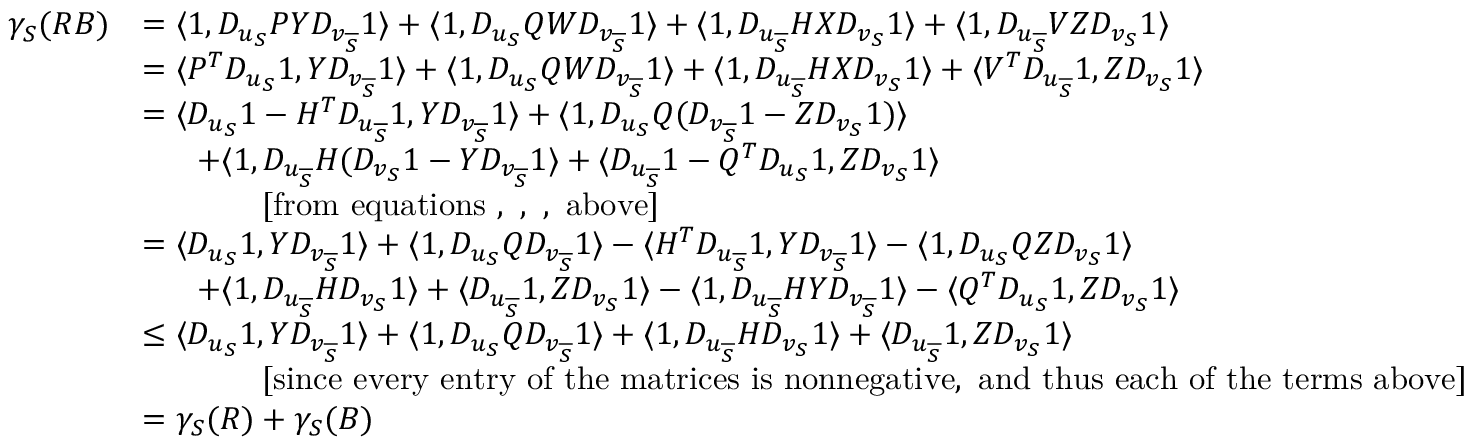
\begin{array} { r l } { \gamma _ { S } ( R B ) } & { = \langle \boldsymbol { 1 } , D _ { u _ { S } } P Y D _ { v _ { \overline { { S } } } } \boldsymbol { 1 } \rangle + \langle \boldsymbol { 1 } , D _ { u _ { S } } Q W D _ { v _ { \overline { { S } } } } \boldsymbol { 1 } \rangle + \langle \boldsymbol { 1 } , D _ { u _ { \overline { { S } } } } H X D _ { v _ { S } } \boldsymbol { 1 } \rangle + \langle \boldsymbol { 1 } , D _ { u _ { \overline { { S } } } } V Z D _ { v _ { S } } \boldsymbol { 1 } \rangle } \\ & { = \langle P ^ { T } D _ { u _ { S } } \boldsymbol { 1 } , Y D _ { v _ { \overline { { S } } } } \boldsymbol { 1 } \rangle + \langle \boldsymbol { 1 } , D _ { u _ { S } } Q W D _ { v _ { \overline { { S } } } } \boldsymbol { 1 } \rangle + \langle \boldsymbol { 1 } , D _ { u _ { \overline { { S } } } } H X D _ { v _ { S } } \boldsymbol { 1 } \rangle + \langle V ^ { T } D _ { u _ { \overline { { S } } } } \boldsymbol { 1 } , Z D _ { v _ { S } } \boldsymbol { 1 } \rangle } \\ & { = \langle D _ { u _ { S } } \boldsymbol { 1 } - H ^ { T } D _ { u _ { \overline { { S } } } } \boldsymbol { 1 } , Y D _ { v _ { \overline { { S } } } } \boldsymbol { 1 } \rangle + \langle \boldsymbol { 1 } , D _ { u _ { S } } Q ( D _ { v _ { \overline { { S } } } } \boldsymbol { 1 } - Z D _ { v _ { S } } \boldsymbol { 1 } ) \rangle } \\ & { \ \ \ \ \ + \langle \boldsymbol { 1 } , D _ { u _ { \overline { { S } } } } H ( D _ { v _ { S } } \boldsymbol { 1 } - Y D _ { v _ { \overline { { S } } } } \boldsymbol { 1 } \rangle + \langle D _ { u _ { \overline { { S } } } } \boldsymbol { 1 } - Q ^ { T } D _ { u _ { S } } \boldsymbol { 1 } , Z D _ { v _ { S } } \boldsymbol { 1 } \rangle } \\ & { \, \, \, \, \, \, \, \, \, \, \, \, \, \, \, \, \, \, \, \, \, \, \mathrm { [ f r o m ~ e q u a t i o n s ~ , ~ , ~ , ~ a b o v e ] } } \\ & { = \langle D _ { u _ { S } } \boldsymbol { 1 } , Y D _ { v _ { \overline { { S } } } } \boldsymbol { 1 } \rangle + \langle \boldsymbol { 1 } , D _ { u _ { S } } Q D _ { v _ { \overline { { S } } } } \boldsymbol { 1 } \rangle - \langle H ^ { T } D _ { u _ { \overline { { S } } } } \boldsymbol { 1 } , Y D _ { v _ { \overline { { S } } } } \boldsymbol { 1 } \rangle - \langle \boldsymbol { 1 } , D _ { u _ { S } } Q Z D _ { v _ { S } } \boldsymbol { 1 } \rangle } \\ & { \ \ \ \ \ + \langle \boldsymbol { 1 } , D _ { u _ { \overline { { S } } } } H D _ { v _ { S } } \boldsymbol { 1 } \rangle + \langle D _ { u _ { \overline { { S } } } } \boldsymbol { 1 } , Z D _ { v _ { S } } \boldsymbol { 1 } \rangle - \langle \boldsymbol { 1 } , D _ { u _ { \overline { { S } } } } H Y D _ { v _ { \overline { { S } } } } \boldsymbol { 1 } \rangle - \langle Q ^ { T } D _ { u _ { S } } \boldsymbol { 1 } , Z D _ { v _ { S } } \boldsymbol { 1 } \rangle } \\ & { \leq \langle D _ { u _ { S } } \boldsymbol { 1 } , Y D _ { v _ { \overline { { S } } } } \boldsymbol { 1 } \rangle + \langle \boldsymbol { 1 } , D _ { u _ { S } } Q D _ { v _ { \overline { { S } } } } \boldsymbol { 1 } \rangle + \langle \boldsymbol { 1 } , D _ { u _ { \overline { { S } } } } H D _ { v _ { S } } \boldsymbol { 1 } \rangle + \langle D _ { u _ { \overline { { S } } } } \boldsymbol { 1 } , Z D _ { v _ { S } } \boldsymbol { 1 } \rangle } \\ & { \, \, \, \, \, \, \, \, \, \, \, \, \, \, \, \, \, \, \, \, \, \, \mathrm { [ s i n c e ~ e v e r y ~ e n t r y ~ o f ~ t h e ~ m a t r i c e s ~ i s ~ n o n n e g a t i v e , ~ a n d ~ t h u s ~ e a c h ~ o f ~ t h e ~ t e r m s ~ a b o v e ] } } \\ & { = \gamma _ { S } ( R ) + \gamma _ { S } ( B ) } \end{array}